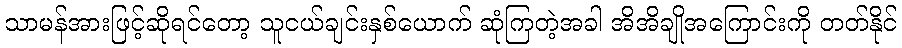
သာမန်အားဖြင့်ဆိုရင်တော့ သူငယ်ချင်းနှစ်ယောက် ဆုံကြတဲ့အခါ အိအိချိုအကြောင်းကို တတ်နိုင်